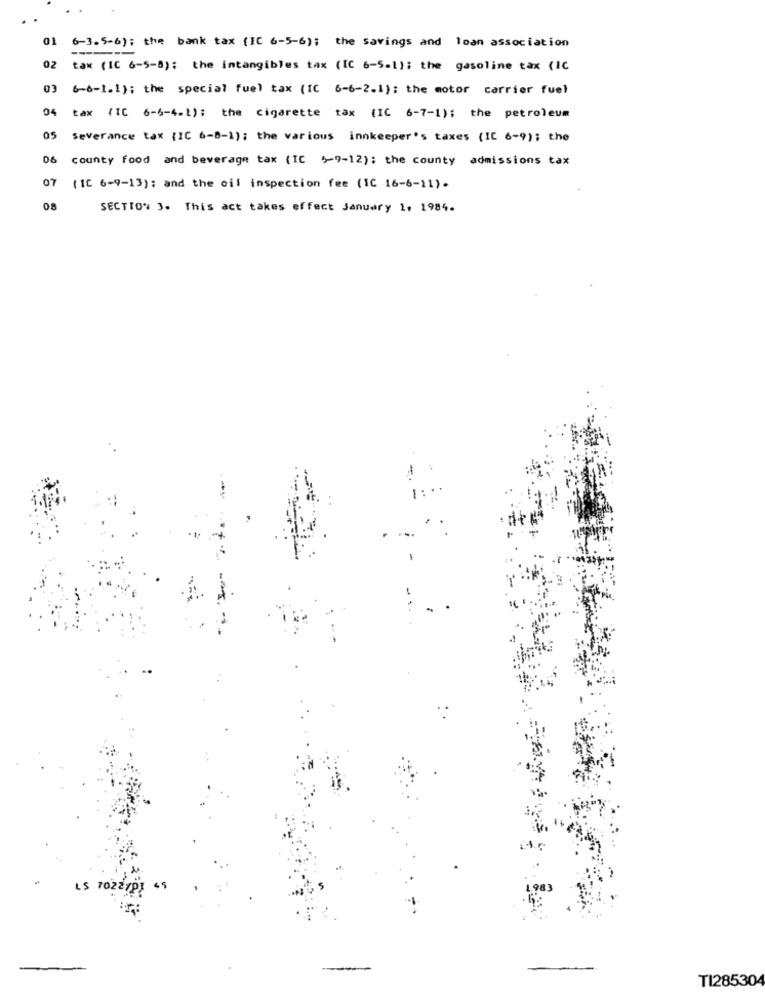
01
6-3.5-6); the bank tax (IC 6-5-6); the savings and loan association
02
tax (IC 6-5-8); the intangibles tax (IC 6-5-1); the gasoline tax (IC
(-6-1.1) : the special fuel tax (IC 6-6-2.1) ; the motor carrier fuel
04
tax ( IC 6-4-4-1): the cigarette tax (IC 6-7-1); the petroleum
05
Severance tax (IC 6-8-1); the various innkeeper's taxes (IC 6-9); the
06
county food and beverage tax (IC 5-9-12); the county admissions tax
07
( IC 6-9-13) : and the oil inspection fee (SC 16-6-11).
08
SECTION 3. This act takes effect January 1, 1984.
ToZ
1983
-
TI285304